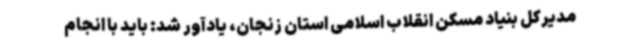
مدیرکل بنیاد مسکن انقلاب اسلامی استان زنجان، یادآور شد: باید با انجام